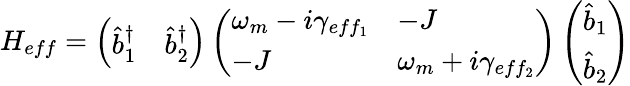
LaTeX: H_{eff}=\left(\begin{array}{ll}{\hat{b}_{1}^{\dagger}}&{\hat{b}_{2}^{\dagger}}\end{array}\right)\left(\begin{array}{ll}{\omega_{m}-i\gamma_{eff_{1}}}&{-J}\\ {-J}&{\omega_{m}+i\gamma_{eff_{2}}}\end{array}\right)\left(\begin{array}{l}{\hat{b}_{1}}\\ {\hat{b}_{2}}\end{array}\right)